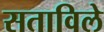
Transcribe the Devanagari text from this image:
सताविले